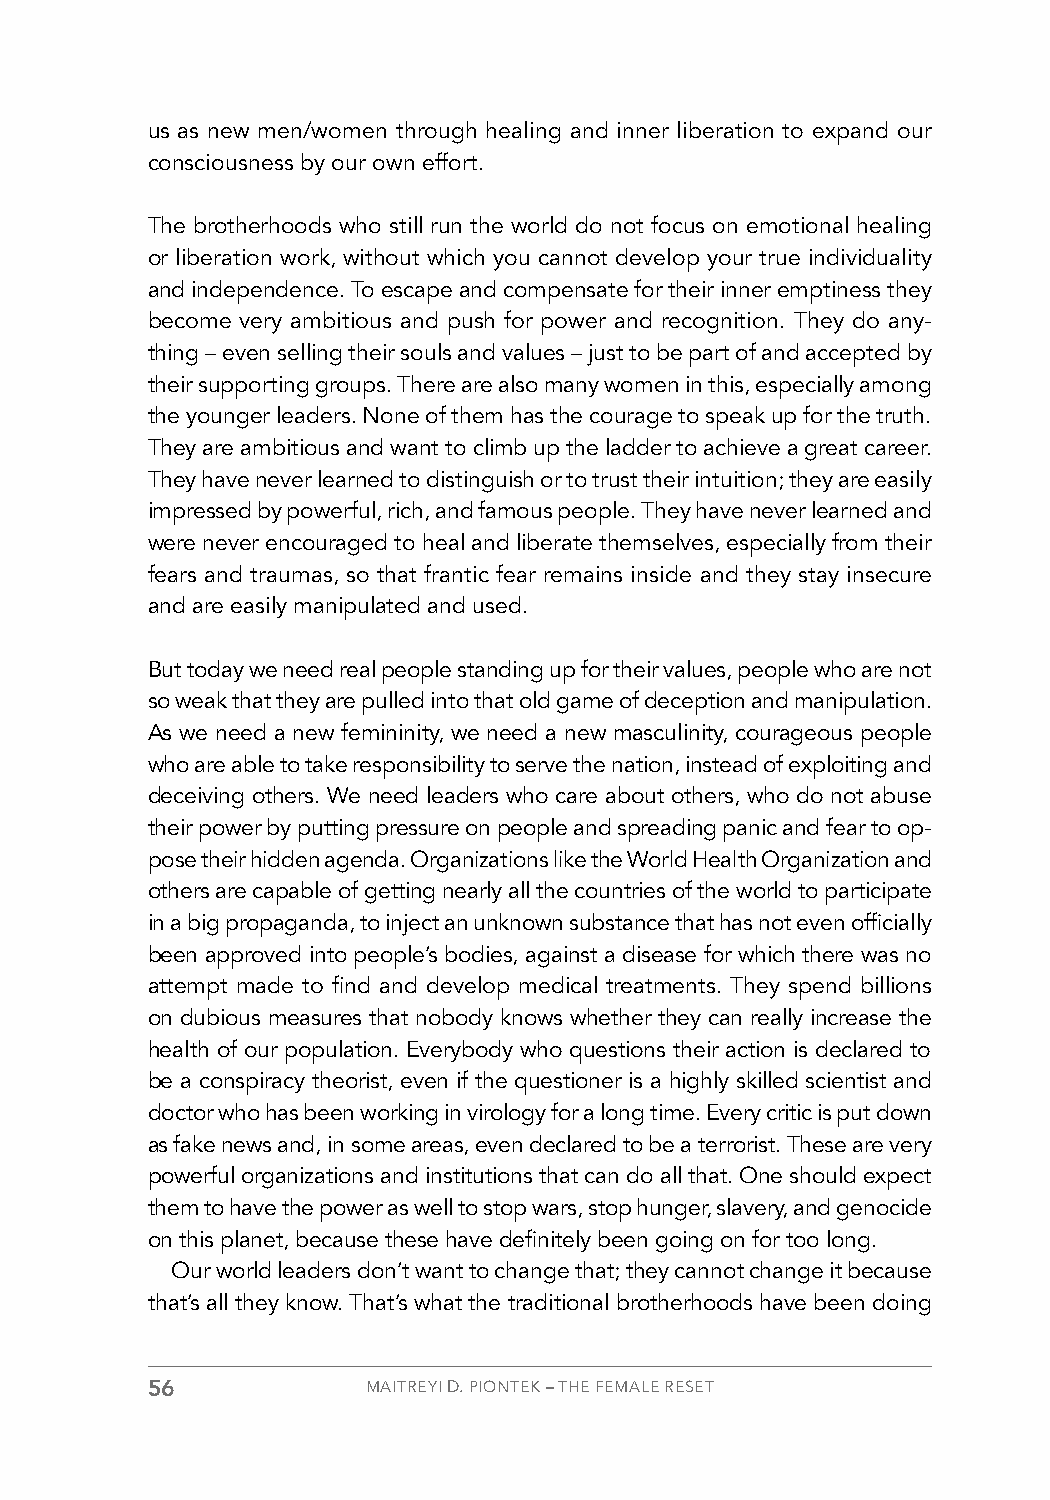
us as new men/women through healing and inner liberation to expand our
 consciousness by our own effort.
 The brotherhoods who still run the world do not focus on emotional healing
 or liberation work, without which you cannot develop your true individuality
 and independence. To escape and compensate for their inner emptiness they
 become very ambitious and push for power and recognition. They do any-
 thing – even selling their souls and values – just to be part of and accepted by
 their supporting groups. There are also many women in this, especially among
 the younger leaders. None of them has the courage to speak up for the truth.
 They are ambitious and want to climb up the ladder to achieve a great career.
 They have never learned to distinguish or to trust their intuition; they are easily
 impressed by powerful, rich, and famous people. They have never learned and
 were never encouraged to heal and liberate themselves, especially from their
 fears and traumas, so that frantic fear remains inside and they stay insecure
 and are easily manipulated and used.
 But today we need real people standing up for their values, people who are not
 so weak that they are pulled into that old game of deception and manipulation.
 As we need a new femininity, we need a new masculinity, courageous people
 who are able to take responsibility to serve the nation, instead of exploiting and
 deceiving others. We need leaders who care about others, who do not abuse
 their power by putting pressure on people and spreading panic and fear to op-
 pose their hidden agenda. Organizations like the World Health Organization and
 others are capable of getting nearly all the countries of the world to participate
 in a big propaganda, to inject an unknown substance that has not even officially
 been approved into people’s bodies, against a disease for which there was no
 attempt made to find and develop medical treatments. They spend billions
 on dubious measures that nobody knows whether they can really increase the
 health of our population. Everybody who questions their action is declared to
 be a conspiracy theorist, even if the questioner is a highly skilled scientist and
 doctor who has been working in virology for a long time. Every critic is put down
 as fake news and, in some areas, even declared to be a terrorist. These are very
 powerful organizations and institutions that can do all that. One should expect
 them to have the power as well to stop wars, stop hunger, slavery, and genocide
 on this planet, because these have definitely been going on for too long.
 Our world leaders don’t want to change that; they cannot change it because
 that’s all they know. That’s what the traditional brotherhoods have been doing
 56            MAITREYI D. PIONTEK – THE FEMALE RESET